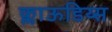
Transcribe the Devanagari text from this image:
क्लाऊडिय्स